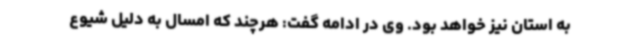
به استان نیز خواهد بود. وی در ادامه گفت: هرچند که امسال به دلیل شیوع